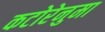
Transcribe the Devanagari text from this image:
कटोरेनुमा